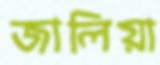
জালিয়া